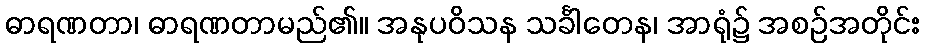
ဓာရဏတာ၊ ဓာရဏတာမည်၏။ အနုပဝိသန သင်္ခါတေန၊ အာရုံ၌ အစဉ်အတိုင်း